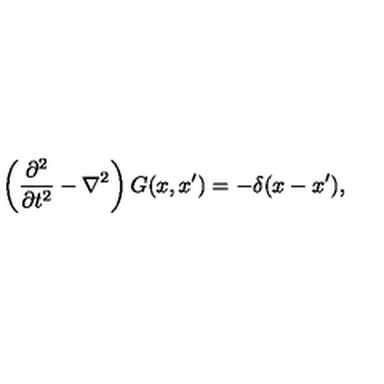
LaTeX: \left( { \frac { \partial ^ { 2 } } { \partial t ^ { 2 } } } - \nabla ^ { 2 } \right) G ( x , x ^ { \prime } ) = - \delta ( x - x ^ { \prime } ) ,